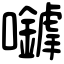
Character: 𡅈